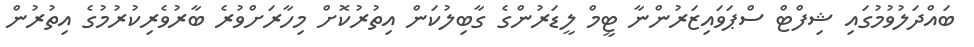
ބައްދަލުވުމުގައި ޝިފްޓް ސްޕަވައިޒަރުންނާ ޓީމް ލީޑަރުންގެ ގާބިލުކަން އިތުރުކޮށް މިހާރަށްވުރެ ބާރުވެރިކުރުމުގެ އިތުރުން